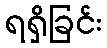
ရရှိခြင်း